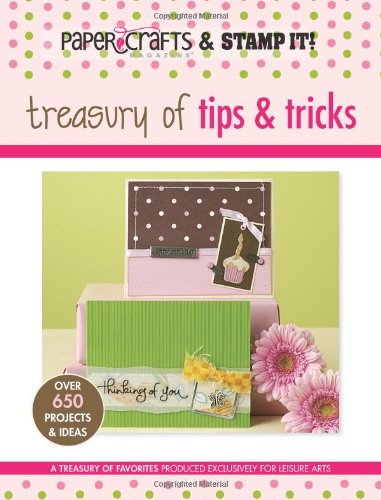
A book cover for Treasury of Tips & Tricks (Leisure Arts #15947): Paper Crafts? magazine & Stamp It! (Paper Crafts & Stamp It); Crafts Media LLC; Crafts, Hobbies & Home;